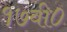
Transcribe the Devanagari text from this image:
१७वी०